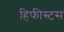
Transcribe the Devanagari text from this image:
हिफीस्टस